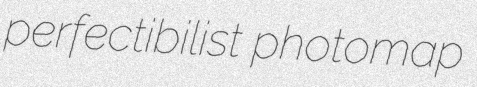
perfectibilist photomap